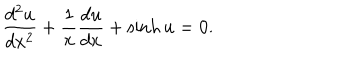
LaTeX: \frac { d ^ { 2 } u } { d x ^ { 2 } } + \frac { 1 } { x } \frac { d u } { d x } + \sinh u = 0 .